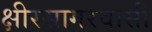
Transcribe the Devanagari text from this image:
क्षीरसागरवासी